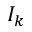
I _ { k }